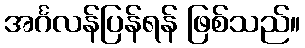
အင်္ဂလန်ပြန်ရန် ဖြစ်သည်။